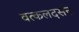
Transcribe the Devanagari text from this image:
वत्कलदसन